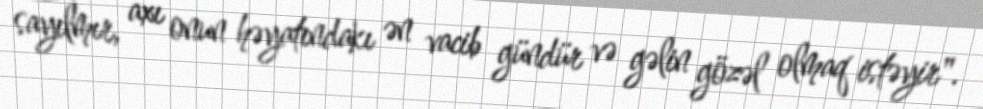
sayılmır, axı onun həyatındakı ən vacib gündür və gəlin gözəl olmaq istəyir".